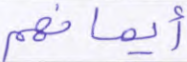
أيمانهم